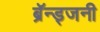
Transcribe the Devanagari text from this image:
ब्रॅन्ड्जनी